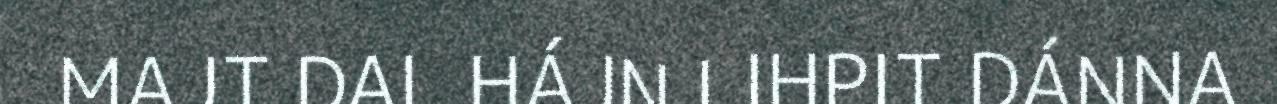
MAJT DAL HÁJN LIHPIT DÁNNA